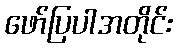
ဖော်ပြပါအတိုင်း